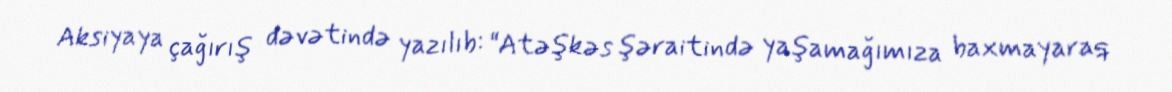
Aksiyaya çağırış dəvətində yazılıb: “Atəşkəs şəraitində yaşamağımıza baxmayaraq